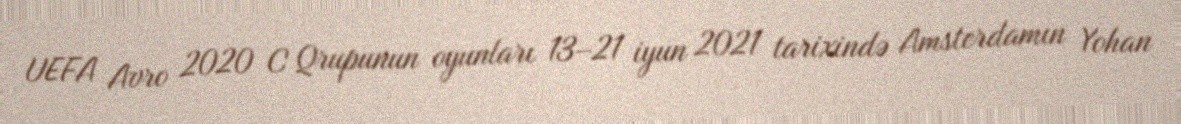
UEFA Avro 2020 C Qrupunun oyunları 13–21 iyun 2021 tarixində Amsterdamın Yohan